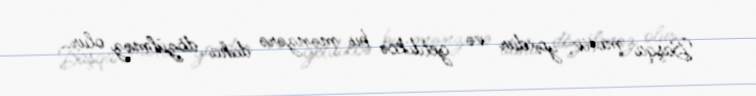
Başqa motiv yoxdur və getdikcə bu mənzərə daha dözülməz olur..